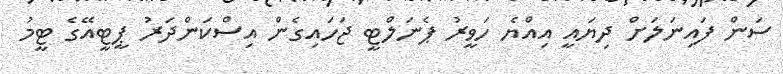
ސަން ފައިނަލަށް ދިޔައީ އިއްޔެ ހަވީރު ޕެނަލްޓީ ޖަހައިގެން އިސްކަންދަރު ޕީޓީއޭގެ ޓީމު